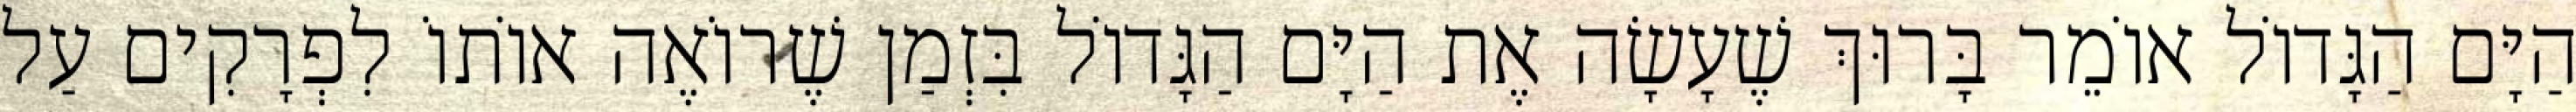
הַיָּם הַגָּדוֹל אוֹמֵר בָּרוּךְ שֶׁעָשָׂה אֶת הַיָּם הַגָּדוֹל בִּזְמַן שֶׁרוֹאֶה אוֹתוֹ לִפְרָקִים עַל